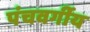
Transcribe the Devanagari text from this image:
पंचवर्गीय